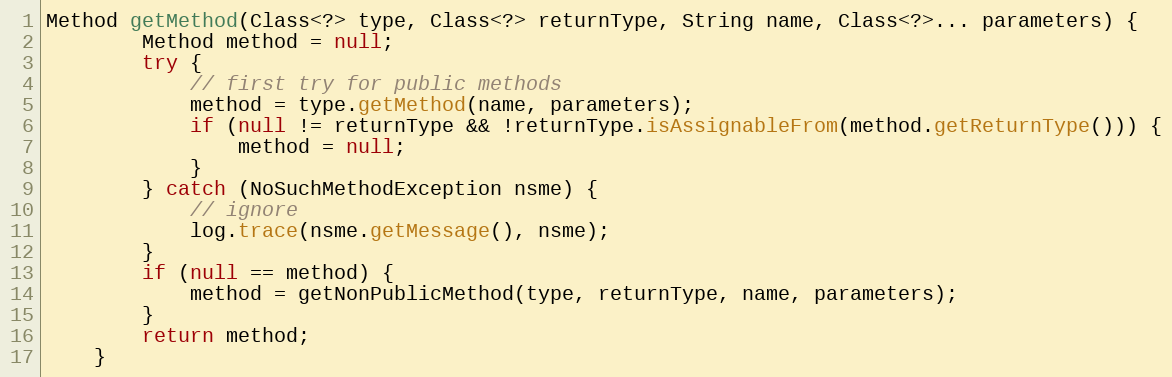
Language: Java
Method getMethod(Class<?> type, Class<?> returnType, String name, Class<?>... parameters) {
        Method method = null;
        try {
            // first try for public methods
            method = type.getMethod(name, parameters);
            if (null != returnType && !returnType.isAssignableFrom(method.getReturnType())) {
                method = null;
            }
        } catch (NoSuchMethodException nsme) {
            // ignore
            log.trace(nsme.getMessage(), nsme);
        }
        if (null == method) {
            method = getNonPublicMethod(type, returnType, name, parameters);
        }
        return method;
    }